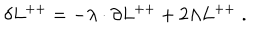
LaTeX: \delta L ^ { + + } = - \lambda \cdot \partial L ^ { + + } + 2 \Lambda L ^ { + + } \; .